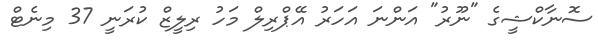
ސޮނާކްޝީގެ "ނޫރު" އަންނަ އަހަރު އޭޕްރިލް މަހު ރިލީޒް ކުރަނީ 37 މިނެޓް